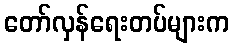
တော်လှန်ရေးတပ်များက